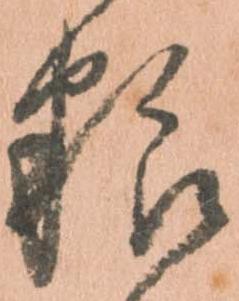
粮